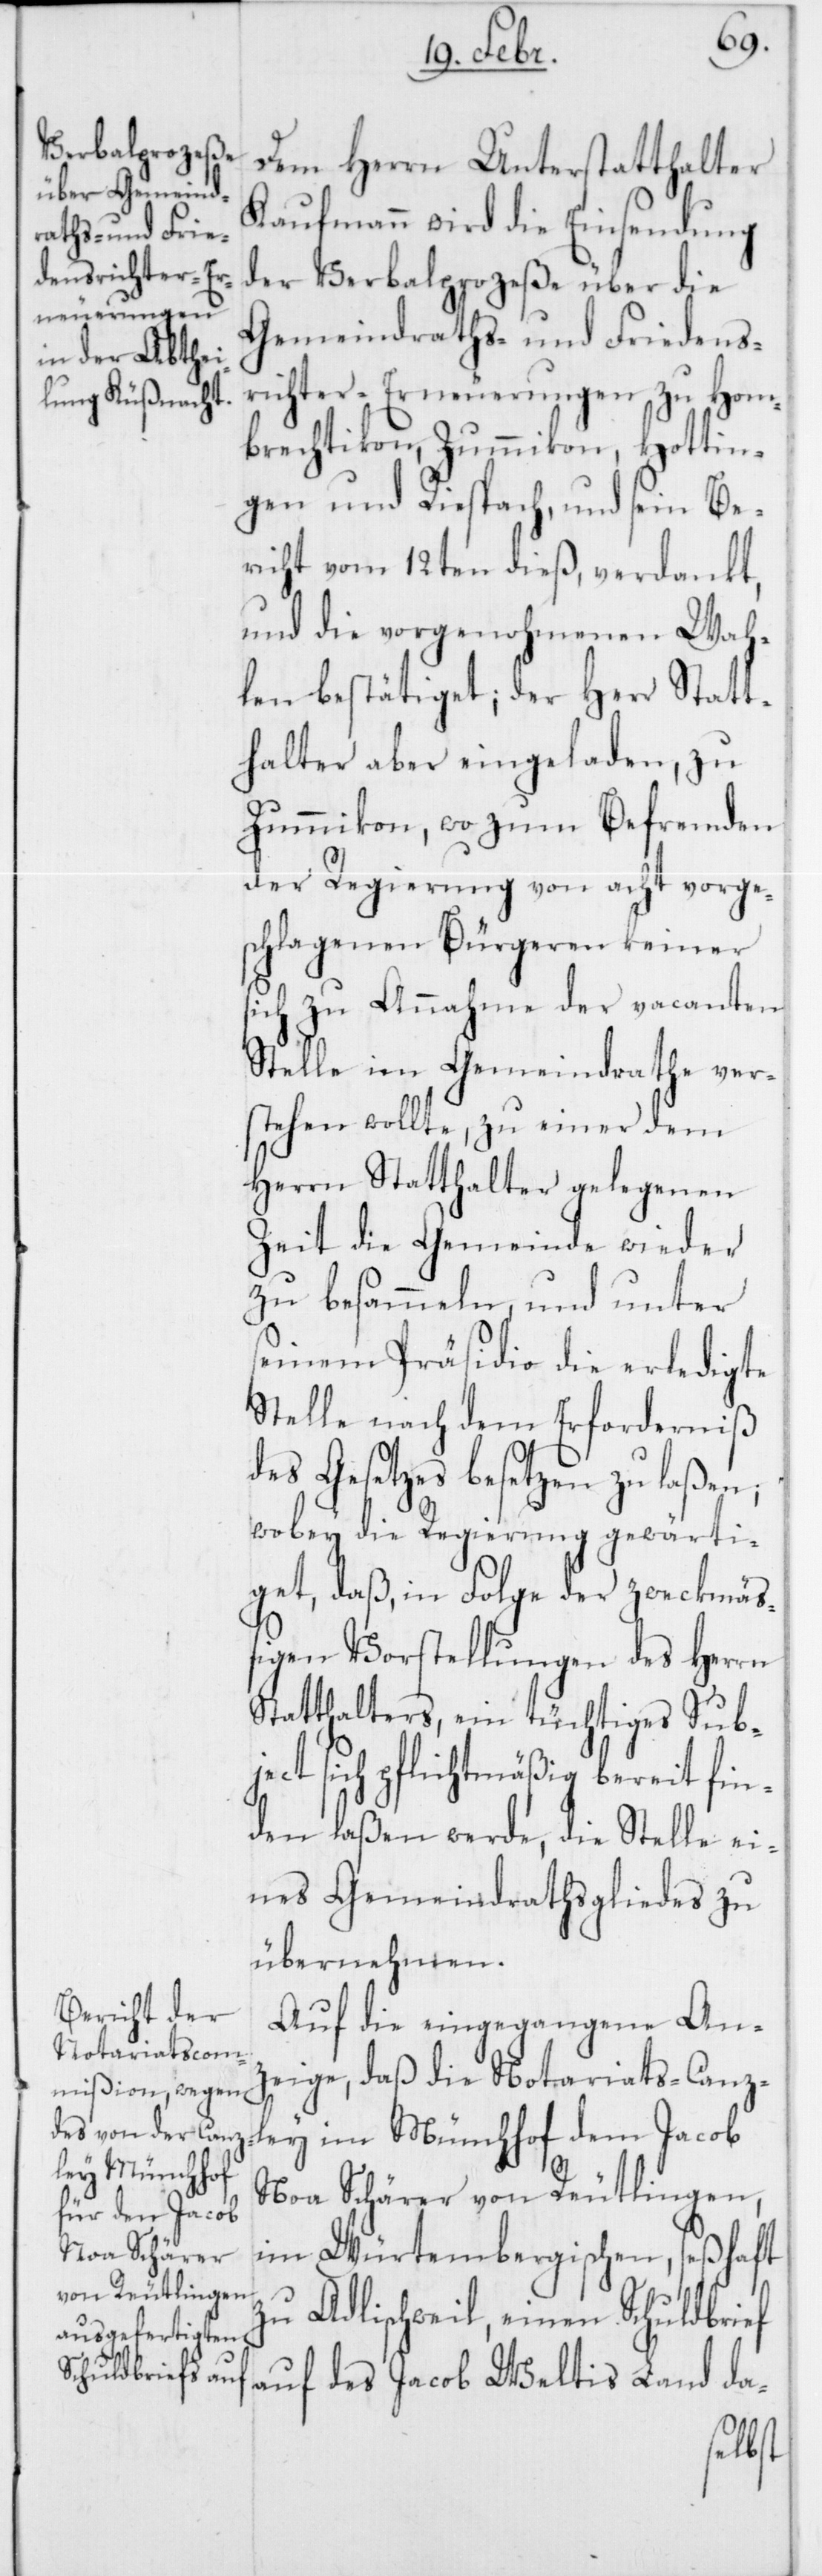
Dem Herrn Unterstatthalter
Kaufmann wird die Einsendung
der Verbalprozeße über die
Gemeindraths- und Friedens¬
richter-Erneuerungen zu Hom¬
brechtikon, Zumikon, Hottin¬
gen und Riesbach, und sein Be¬
richt vom 12ten dieß, verdankt,
und die vorgenohmenen Wah¬
len bestätiget; der Herr Statt¬
halter aber eingeladen, zu
Zummikon, wo zum Befremden
der Regierung von acht vorges¬
chlagenen Bürgeren keiner
sich zu Annahme der vacanten
Stelle im Gemeindrathe ver¬
stehen wollte, zu einer dem
Herrn Statthalter gelegenen
Zeit die Gemeinde wieder
zu besammeln, und unter
seinem Präsidio die erledigte
Stelle nach dem Erforderniß
des Gesetzes besetzen zu laßen;
wobey die Regierung gewärti¬
get, daß, in Folge der zweckmäß¬
igen Vorstellungen des Herrn
Statthalters, ein tüchtiges Sub¬
ject sich pflichtmäßig bereit fin¬
den laßen werde, die Stelle ei¬
nes Gemeindrathsgliedes zu
übernehmen.
Auf die eingegangene An¬
zeige, daß die Notariats-Canz¬
ley im Münchhof dem Jacob
Noa Schärer von Reutlingen
im Würtembergischen, seßhaft
zu Adlischweil, einen Schuldbr¬
ief auf des Jacob Weltis Land da-